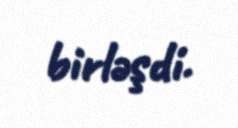
birləşdi.